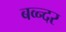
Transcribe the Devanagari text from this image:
बव्न्दर